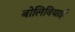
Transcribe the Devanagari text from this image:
बोलिवियाई